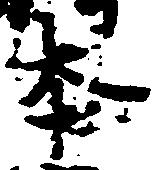
本